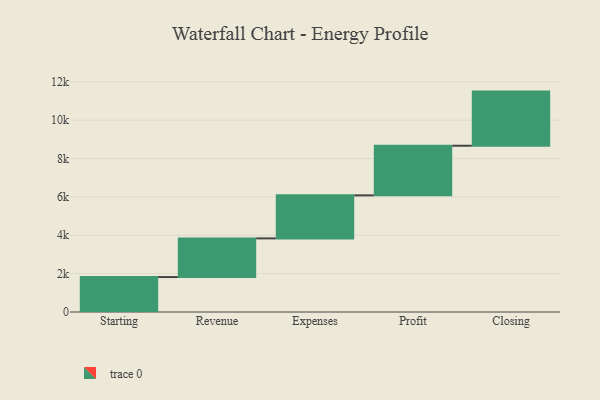
{"axis": {"x": "Step", "y": "Value"}, "legend": [""], "data": [{"x": "Starting", "y": 1822.0, "type": ""}, {"x": "Revenue", "y": 2016.0, "type": ""}, {"x": "Expenses", "y": 2244.0, "type": ""}, {"x": "Profit", "y": 2587.0, "type": ""}, {"x": "Closing", "y": 2823.0, "type": ""}]}